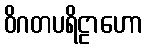
ဝိဂတပရိဠာဟော